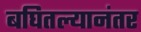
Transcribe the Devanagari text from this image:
बघितल्यानंतर